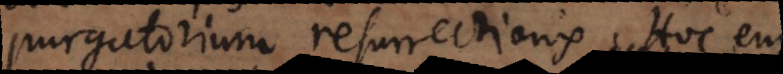
purgatorium resurrectionis. Hoc enim